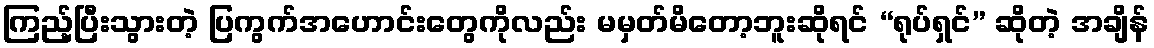
ကြည့်ပြီးသွားတဲ့ ပြကွက်အဟောင်းတွေကိုလည်း မမှတ်မိတော့ဘူးဆိုရင် “ရုပ်ရှင်” ဆိုတဲ့ အချိန်